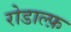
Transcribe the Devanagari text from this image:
रोडाल्फ़